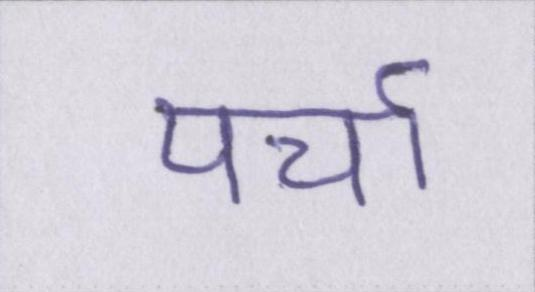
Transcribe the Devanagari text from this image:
पर्चा